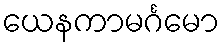
ယေနကာမင်္ဂမော